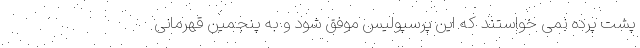
پشت پرده نمی خواستند که این پرسپولیس موفق شود و به پنجمین قهرمانی